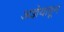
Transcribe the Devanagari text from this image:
अज्ञेयाहून